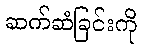
ဆက်ဆံခြင်းကို